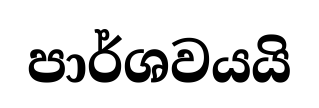
පාර්ශවයයි